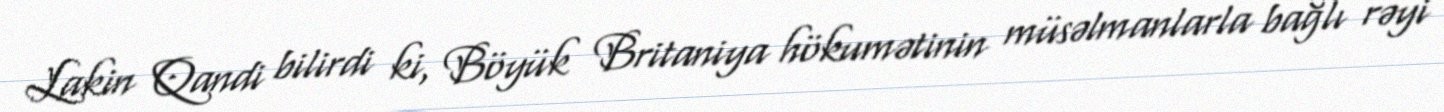
Lakin Qandi bilirdi ki, Böyük Britaniya hökumətinin müsəlmanlarla bağlı rəyi